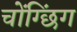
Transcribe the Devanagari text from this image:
चोंग्छिंग